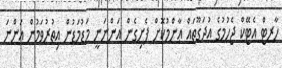
ހާރޓް އެޓޭކް ޖެހުމުގެ އުދަގޫތައް ޢާންމުކޮށް ފެށިގެން އަންނަނީ މަޑުމަޑުން އިތުރުވަމުން އަންނަ